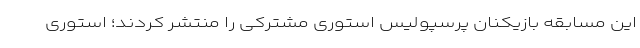
این مسابقه بازیکنان پرسپولیس استوری مشترکی را منتشر کردند؛ استوری